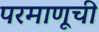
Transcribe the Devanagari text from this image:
परमाणूची